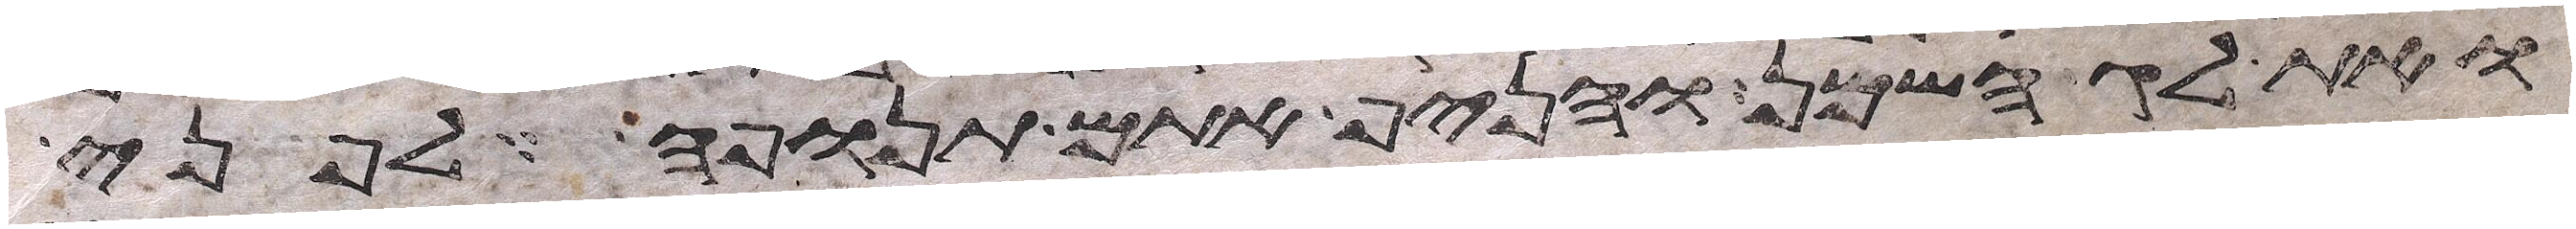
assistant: ואת לג השמן והניף אתם תנופה לפני